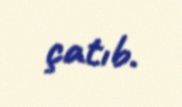
çatıb.